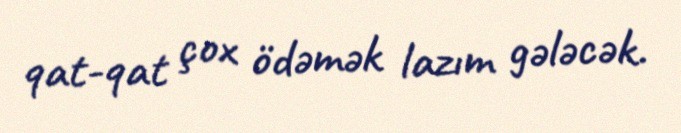
qat-qat çox ödəmək lazım gələcək.